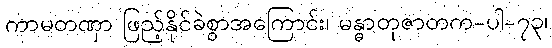
ကာမတဏှာ ဖြည့်နိုင်ခဲစွာအကြောင်း၊ မန္ဓာတုဇာတက-ပါ-၇၃၊